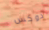
دوكس